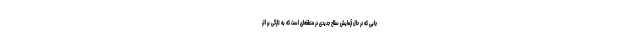
جایی که در حال آزمایش سلاح جدیدی در منطقه‌ای است که به تازگی بر اثر